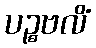
ပဉ္စဗလိံ